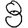
Digit: 8